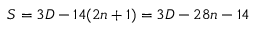
S = 3 D - 1 4 ( 2 n + 1 ) = 3 D - 2 8 n - 1 4